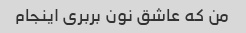
من که عاشق نون بربری اینجام